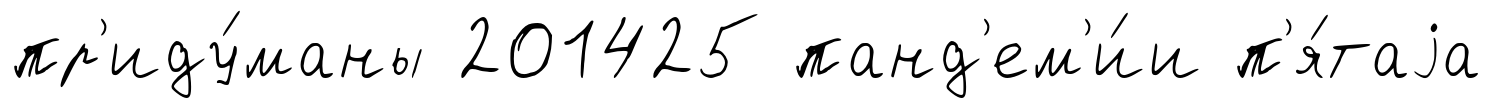
пр'иду́маны 201425 панд'ем'и́и п'я́таjа